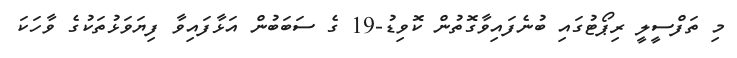
މި ތަފްސީލީ ރިޕޯޓުގައި ބުނެފައިވާގޮތުން ކޮވިޑު-19 ގެ ސަބަބުން އަޅާފައިވާ ފިޔަވަޅުތަކުގެ ވާހަކަ